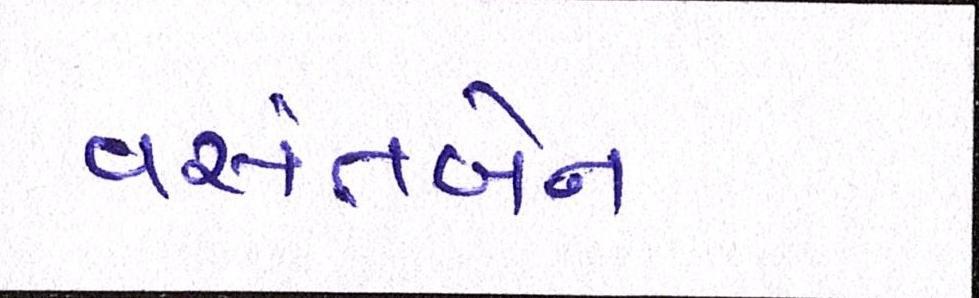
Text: વસંતબેન